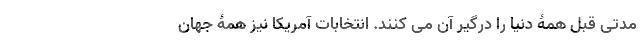
مدتی قبل همۀ دنیا را درگیر آن می کنند. انتخابات آمریکا نیز همۀ جهان